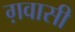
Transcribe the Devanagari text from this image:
ग़वासी